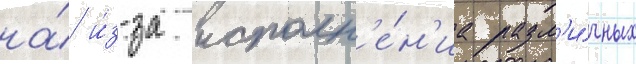
на́ и́з-за исполн'е́н'иа разл'и́чных